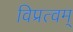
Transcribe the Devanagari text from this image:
विप्रत्वम्